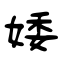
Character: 婑